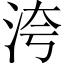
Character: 洿